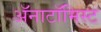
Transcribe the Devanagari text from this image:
अॅनाटॉमिस्ट